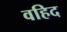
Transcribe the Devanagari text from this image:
वहिद